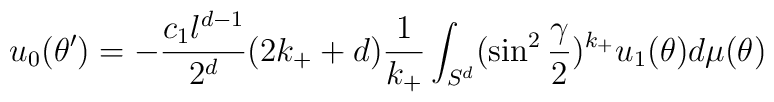
u_0(\theta ')=-{c_1l^{d-1}\over 2^{d}}(2k_++d){1\over k_+}\int_{S^d}(\sin^2{\gamma\over 2})^{k_+} u_1(\theta)d\mu (\theta )~~